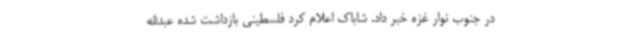
در جنوب نوار غزه خبر داد. شاباک اعلام کرد فلسطینی بازداشت شده عبدالله